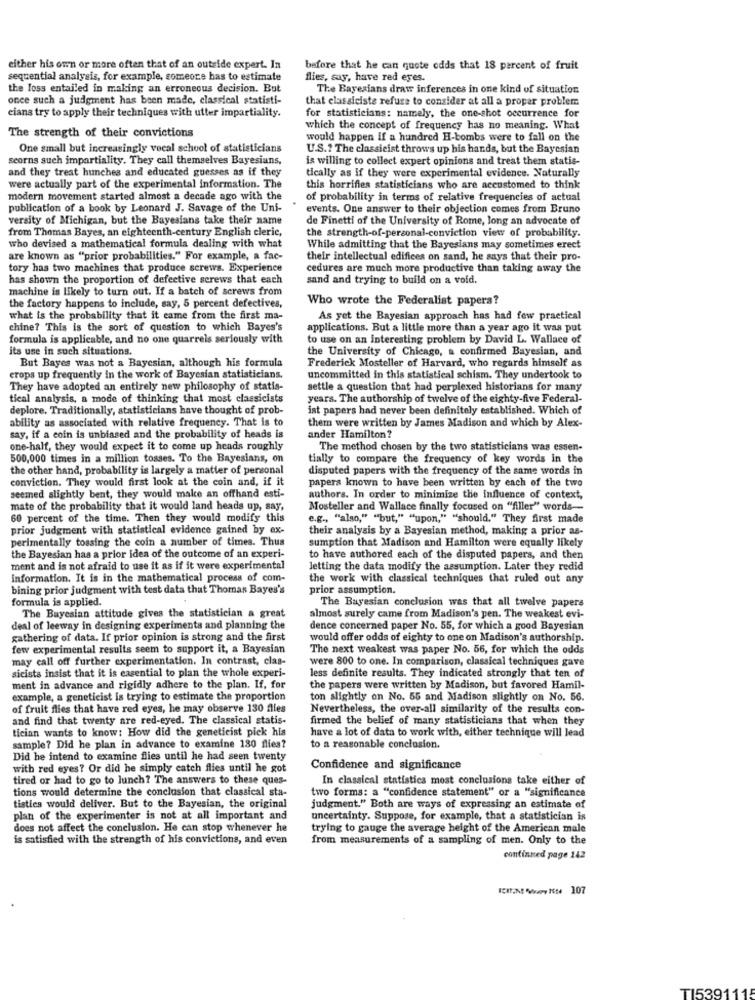
either his own or more often that of an outside expert. In
before that he can quote odds that 18 percent of fruit
sequential analysis, for example, someone has to estimate
flies, say, have red eyes.
the loss entailed in making an erroneous decision. But
The Bayesians draw inferences in one kind of situation
once such a judgment has been made, classical statisti-
that classiciste refuse to consider at all a proper problem
ciana try to apply their techniques with utter impartiality.
for statisticians: namely, the one-shot occurrence for
which the concept of frequency has no meaning. What
The strength of their convictions
would happen if a hundred H-bombs were to fall on the
One small but increasingly vocal school of statisticians
U.S .? The classicist throws up his hands, but the Bayesian
seorns such impartiality. They call themselves Bayesians,
is willing to collect expert opinions and treat them statis-
and they treat hunches and educated guesses as if they
tically as if they were experimental evidence. Naturally
were actually part of the experimental information. The
this horrifies statisticians who are accustomed to think
modern movement started almost a decade ago with the
of probability in terms of relative frequencies of actual
publication of a book by Leonard J. Savage of the Uni-
events. One answer to their objection comes from Bruno
versity of Michigan, but the Bayesians take their name
de Finetti of the University of Rome, long an advocate of
from Thomas Bayes, an eighteenth-century English cleric,
the strength-of-personal-conviction view of probability.
who devised a mathematical formula dealing with what
While admitting that the Bayesians may sometimes erect
are known as "prior probabilities." For example, a fac-
their intellectual edifices on sand, he says that their pro-
tory has two machines that produce screws. Experience
cedures are much more productive than taking away the
has shown the proportion of defective screws that each
sand and trying to build on a void.
machine is likely to turn out. If a batch of screws from
Who wrote the Federalist papers?
the factory happens to include, say, 5 percent defectives,
what is the probability that it came from the first ma-
As yet the Bayesian approach has had few practical
chine? This is the sort of question to which Bayes's
applications. But a little more than a year ago it was put
formula is applicable, and no one quarrels seriously with
to use on an interesting problem by David L. Wallace of
its use in such situations.
the University of Chicago, a confirmed Bayesian, and
Frederick Mosteller of Harvard, who regards himself as
But Bayes was not a Bayesian, although his formula
crops up frequently in the work of Bayesian statisticians.
uncommitted in this statistical schism. They undertook to
They have adopted an entirely new philosophy of statis-
settle a question that had perplexed historians for many
tical analysis, a mode of thinking that most classicists
years. The authorship of twelve of the eighty-five Federal-
deplore. Traditionally, statisticians have thought of prob-
ist papers had never been definitely established. Which of
ability as associated with relative frequency. That is to
them were written by James Madison and which by Alex-
say, if a coin is unbiased and the probability of heads is
ander Hamilton?
one-half, they would expect it to come up heads roughly
The method chosen by the two statisticians was essen-
500,000 times in a million tosses. To the Bayesians, on
tially to compare the frequency of key words in the
the other hand, probability is largely a matter of personal
disputed papers with the frequency of the same words in
conviction. They would first look at the coin and, if it
papers known to have been written by each of the two
seemed slightly bent, they would make an offhand esti-
authors. In order to minimize the influence of context,
mate of the probability that it would land heads up, say,
Mosteller and Wallace finally focused on "filler" words-
60 percent of the time. Then they would modify this
e.g ., "also," "but," "upon," "should." They first made
prior judgment with statistical evidence gained by ex-
their analysis by a Bayesian method, making a prior as-
perimentally tossing the coin a number of times. Thus
sumption that Madison and Hamilton were equally likely
the Bayesian has a prior idea of the outcome of an experi-
to have authored each of the disputed papers, and then
ment and is not afraid to use it as if it were experimental
Jetting the data modify the assumption. Later they redid
Information. It is in the mathematical process of com-
the work with classical techniques that ruled out any
bining prior judgment with test data that Thomas Bayes's
prior assumption.
formula is applied.
The Bayesian conclusion was that all twelve papers
The Bayesian attitude gives the statistician a great
almost surely came from Madison's pen. The weakest evi-
deal of leeway in designing experiments and planning the
dence concerned paper No. 55, for which a good Bayesian
gathering of data. If prior opinion is strong and the first
would offer odds of eighty to one on Madison's authorship.
few experimental results seem to support it, a Bayesian
The next weakest was paper No. 56, for which the odds
may call off further experimentation. In contrast, clas-
were 800 to one. In comparison, classical techniques gave
sicista insist that it is casential to plan the whole experi-
less definite results. They indicated strongly that ten of
ment in advance and rigidly adhere to the plan. If, for
the papers were written by Madison, but favored Hamil-
example, a geneticist is trying to estimate the proportion
ton slightly on No. 55 and Madison slightly on No. 56.
of fruit flies that have red eyes, he may observe 130 flles
Nevertheless, the over-all similarity of the results con-
and find that twenty are red-eyed. The classical statis-
firmed the belief of many statisticians that when they
tician wants to know: How did the geneticist pick his
have a lot of data to work with, either technique will lead
sample? Did he plan in advance to examine 130 flies?
to a reasonable conclusion.
Did he intend to examine flies until he had seen twenty
with red eyes? Or did he simply catch flies until he got
Confidence and significance
tired or had to go to lunch? The answers to these ques-
In classical statistics most conclusions take either of
tions would determine the conclusion that classical sta-
two forms: a "confidence statement" or a "significance
tisties would deliver. But to the Bayesian, the original
judgment." Both are ways of expressing an estimate of
plan of the experimenter is not at all important and
uncertainty. Suppose, for example, that a statistician is
does not affect the conclusion. He can stop whenever he
trying to gauge the average height of the American male
is satisfied with the strength of his convictions, and even
from measurements of a sampling of men. Only to the
continued page 142
T153911